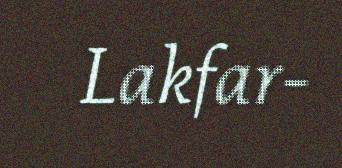
Lakfar-